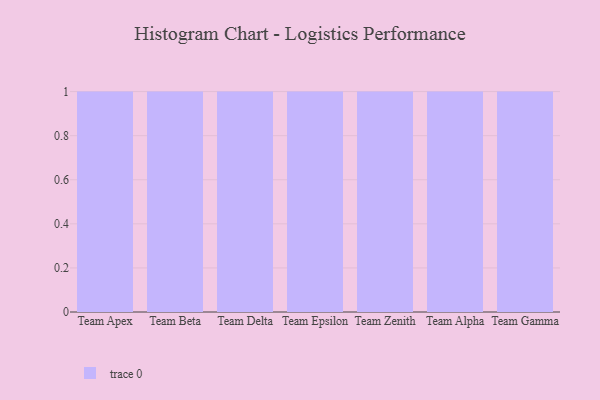
{"axis": {"x": "Team", "y": "Website Visitors"}, "legend": [""], "data": [{"x": "Team Apex", "y": 52, "type": ""}, {"x": "Team Beta", "y": 60, "type": ""}, {"x": "Team Delta", "y": 40, "type": ""}, {"x": "Team Epsilon", "y": 79, "type": ""}, {"x": "Team Zenith", "y": 90, "type": ""}, {"x": "Team Alpha", "y": 17, "type": ""}, {"x": "Team Gamma", "y": 66, "type": ""}]}